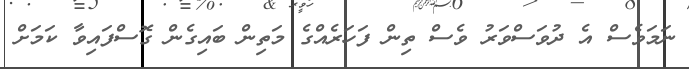
ނަމަވެސް އެ ދުވަސްވަރު ވެސް ތިން ފަހަރެއްގެ މަތިން ބައިގެން ގޮސްފައިވާ ކަމަށް